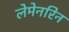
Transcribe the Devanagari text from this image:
लेमेनरिन